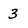
Character: 3